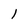
Character: l